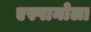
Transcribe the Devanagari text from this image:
एस्पानोला